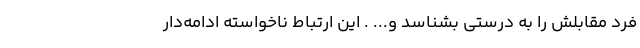
فرد مقابلش را به درستی بشناسد و... . این ارتباط ناخواسته ادامه‌دار